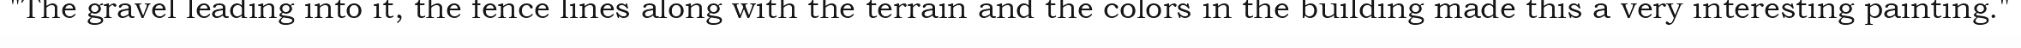
"The gravel leading into it, the fence lines along with the terrain and the colors in the building made this a very interesting painting."